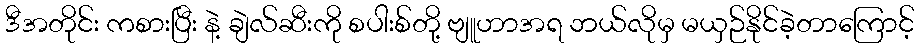
ဒီအတိုင်း ကစားပြီး နဲ့ ချဲလ်ဆီးကို စပါးစ်တို့ ဗျူဟာအရ ဘယ်လိုမှ မယှဉ်နိုင်ခဲ့တာကြောင့်